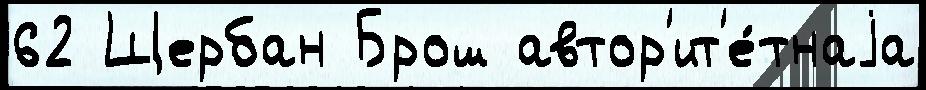
62 Щербан Брош автор'ит'е́тнаjа